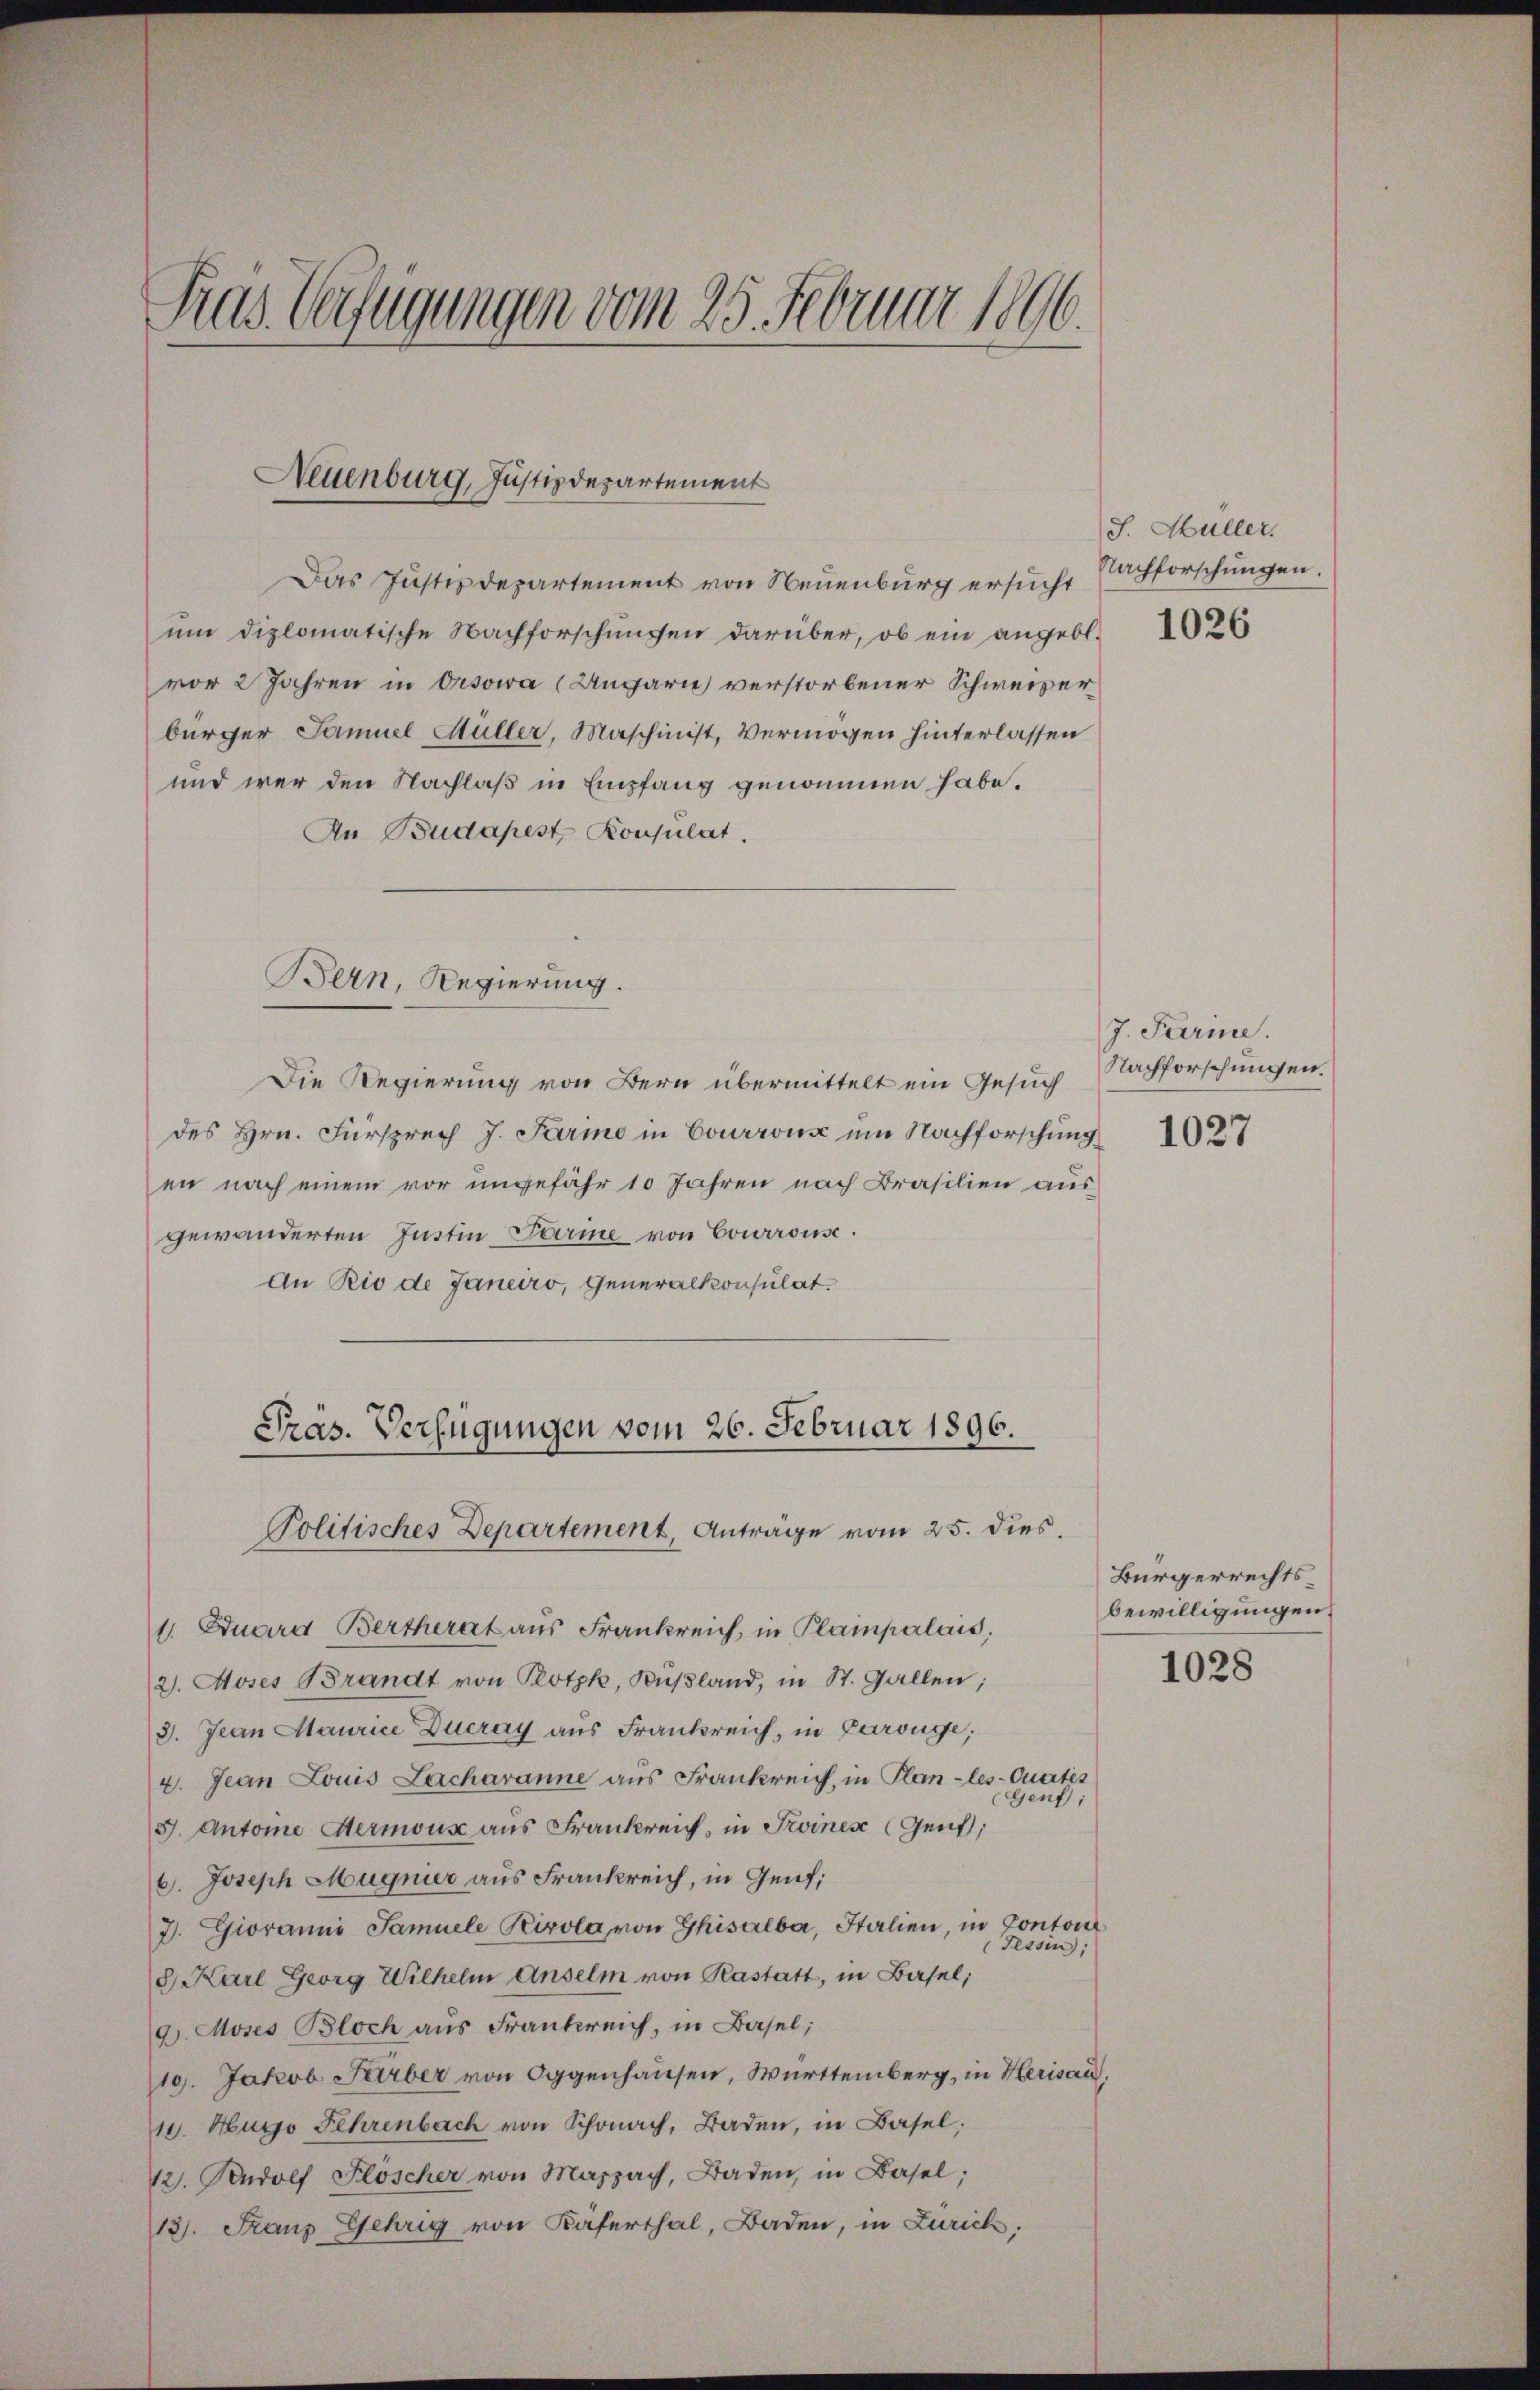
Fras Verfügungen vom 25. Februar 1896.

Neuenburg, Justizdepartement

Das Justizdepartement von Neuenburg ersuch, Nachforschungen.
ŭm diplomatische Nachforschŭngen darüber, ob ein angebl.
vor 2 Jahren in Oresowa (Ungarn verstorbener Schweizer
bürger Samuel Müller, Maschinist, Vermögen hinterlassen
und wer den Nachlaß in Empfang genommen habe.
An Budapest, Konsulat.
Die Regierung von Bern übermittelt ein Gesuch
des Hrn. Fürsprech J. Parie in Courrons um Nachforschung
en nach einem vor ungefähr 10 Jahren nach Brasilien ausgewänderten Justin Parme von Courronsc
An Rio de Janeiro, Generalkonsulat
Präs. Verfügungen vom 26. Februar 1896.
Politisches Departement, Anträge vom 25. dies.
1. Duara Bertherat aus Frankreich, in Plampalais,
2. Moses Brandt von Plotzk, Kußland, in St. Gallen;
3. Jean Maurice Ducray aus Frankreich, in Carouge,
4. Jean Louis Lacharanne aus Frankreich, in Plan-les-Quartis
Genf;
J. Antoine Hermous aus Frankreich, in Troines Genf,
6. Joseph Magnier aus Frankreich, in Genf;
2. Giovanni Samuele Tirola von Ghisalba, Italien, in Conton
Fessen;
8. Karl Georg Wilhelm Anselm von Kastatt, in Basel;
9). Moses Bloch aus Frankreich, in Basel;
10. Jakob Stirber von Eggenhausen, Württemberg, in Herisau,
10. Hugo Fehrenbach von Schon, Baden, in Basel,
12. Rudolf Flöscher von Massach, Baden, in Basel;
13). Franz Gehrig von Käferthal, Baden, in Zürich,

Bern, Regierung.

J. Müller.
1026

J. Parine.
Nachforschungen.
1027

Bürgerrechts
bewilligungen.
1028